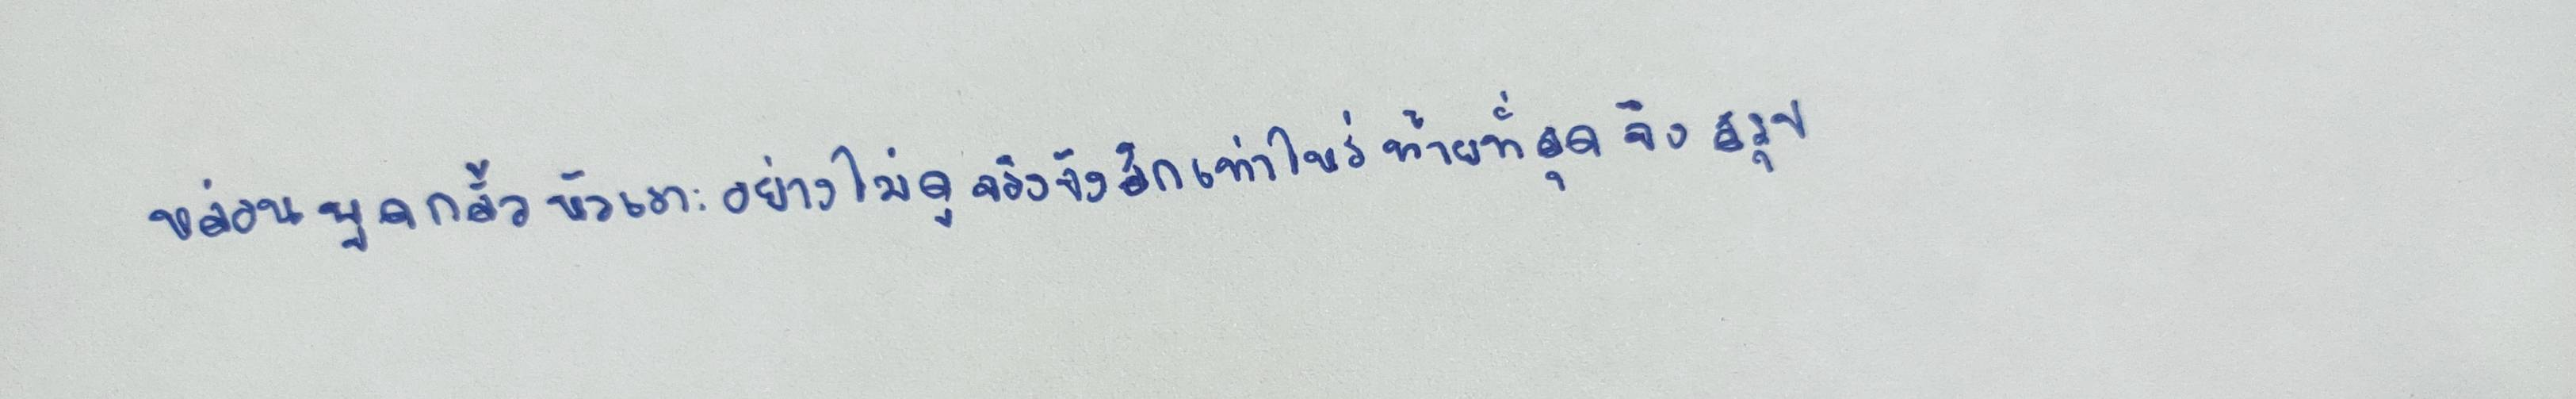
หล่อนพูดกลั้วหัวเราะอย่างไม่ดูจริงจังสักเท่าไหร่ท้ายที่สุดจึงสรุป